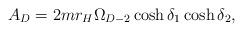
LaTeX: \begin{align*}A_D=2mr_H\Omega_{D-2}\cosh\delta_1\cosh\delta_2,\end{align*}